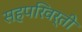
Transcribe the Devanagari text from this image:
सहपरिवर्ती